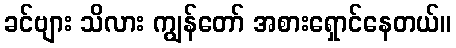
ခင်ဗျား သိလား ကျွန်တော် အစားရှောင်နေတယ်။